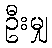
ဦးမျှ